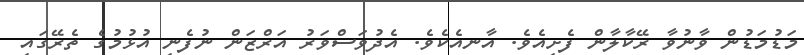
މަޑުމަޑުން ވާނުވާ ރޭކާލާން ފެށިއެވެ. އާނއެކެވެ. އެދުވަސްވަރު އަރްޒަން ނުފެނި އުޅުމުގެ ތެރޭގައި